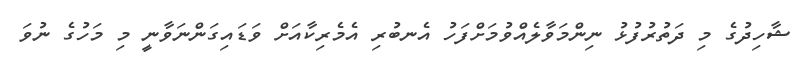
ޝާހިދުގެ މި ދަތުރުފުޅު ނިންމަވާލެއްވުމަށްފަހު އެނބުރި އެމެރިކާއަށް ވަޑައިގަންނަވާނީ މި މަހުގެ ނުވަ